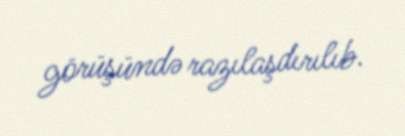
görüşündə razılaşdırılıb.